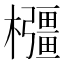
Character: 𭬰